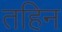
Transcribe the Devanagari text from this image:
तहिन